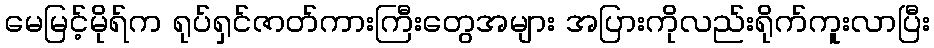
မေမြင့်မိုရ်က ရုပ်ရှင်ဇာတ်ကားကြီးတွေအများ အပြားကိုလည်းရိုက်ကူးလာပြီး